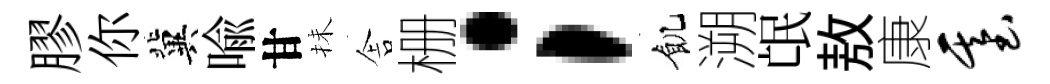
膠你冀喩甘抺舎栅；飢溯氓敖康基